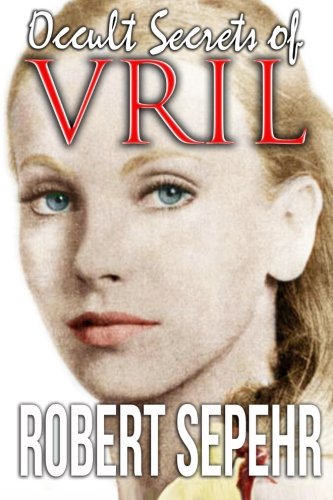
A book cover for Occult Secrets of Vril: Goddess Energy and the Human Potential; Robert Sepehr; Religion & Spirituality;